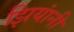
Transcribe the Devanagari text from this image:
झियांनी